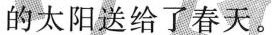
的太阳送给了春天。